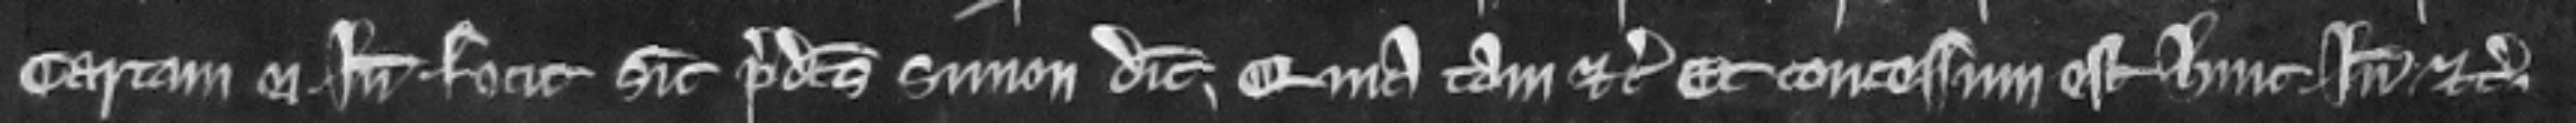
cartam ei inde fecit sicut predictus Simon dicit. Quia tam etc. Et concessum est hine inde etc.